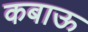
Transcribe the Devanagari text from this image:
कबाऊ